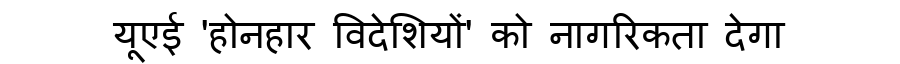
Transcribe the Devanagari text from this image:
यूएई 'होनहार विदेशियों' को नागरिकता देगा